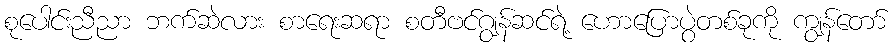
စုပေါင်းညီညာ ဘက်ဆဲလား စာရေးဆရာ စတီဗင်ဂျွန်ဆင်ရဲ့ ဟောပြောပွဲတစ်ခုကို ကျွန်တော်